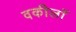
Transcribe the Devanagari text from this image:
वकीलॉ